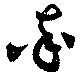
率